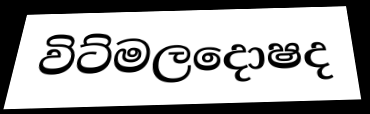
විට්මලදොෂද